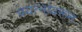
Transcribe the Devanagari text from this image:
प्रयत्‍नांवरून